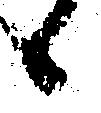
候